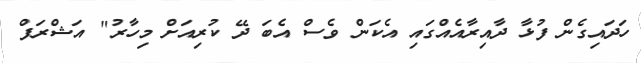
ހަދައިގެން ފުޅާ ދާއިރާއެއްގައި އެކަން ވެސް އެބަ ދޭ ކުރިއަށް މިހާރު" އަޝްރަފް